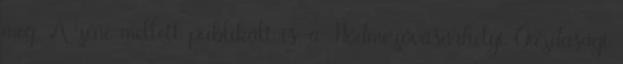
meg. A zene mellett publikált is, a Hódmezővásárhelyi Gazdasági